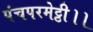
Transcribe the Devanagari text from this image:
पंचपरमेट्ठी।।